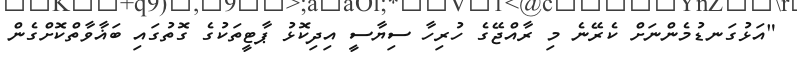
"އަޅުގަނޑުމެންނަށް ކެރޭނެ މި ރާއްޖޭގެ ހުރިހާ ސިޔާސީ އިދިކޮޅު ޕާޓީތަކުގެ ގޮތުގައި ބަޣާވާތްކޮށްގެން